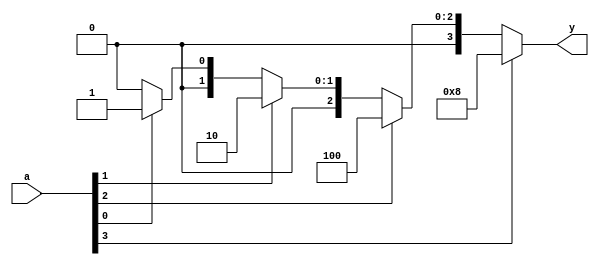
`timescale 1ns/1ps

module priority_encoder(input [3:0] a,
			output reg [3:0] y);

   always @(a)
     begin
	if (a[3])
	  y = 4'b1000;
	else if (a[2])
	  y = 4'b0100;
	else if (a[1])
	  y = 4'b0010;
	else if(a[0])
	  y = 4'b0001;
	else
	  y = 4'b0000;
     end // always @ (a)
endmodule // priority_encoder